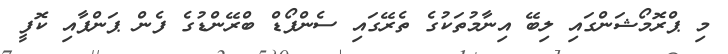
މި ޕްރޮމޯޝަންގައި ލިބޭ އިނާމުތަކުގެ ތެރޭގައި ސެންފޯޑް ބްރޭންޑުގެ ފެން ޕަންޕާއި ކޮފީ